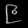
Digit: ၉